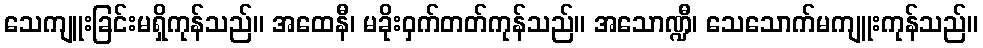
သေကျူးခြင်းမရှိကုန်သည်။ အထေနီ၊ မခိုးဝှက်တတ်ကုန်သည်။ အသောဏ္ဍီ၊ သေသောက်မကျူးကုန်သည်။